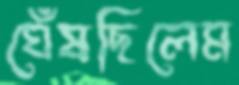
ঘেঁষছিলেম